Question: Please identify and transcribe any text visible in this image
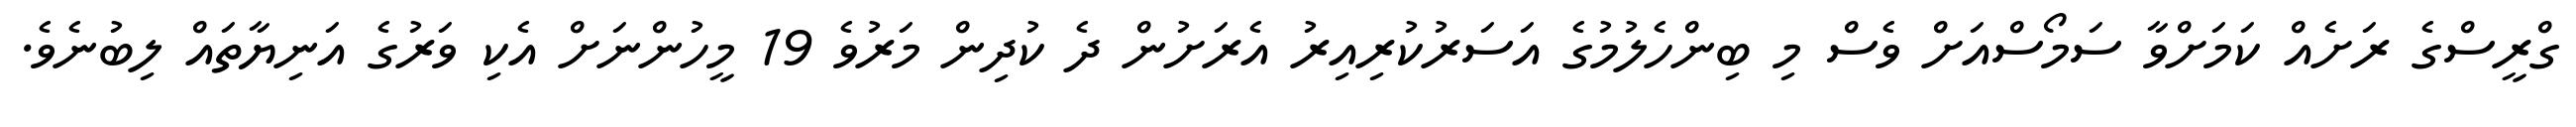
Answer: ގްރީސްގެ ރަށެއް ކަމަށްވާ ސަމޯސްއަށް ވެސް މި ބިންހެލުމުގެ އަސަރުކުރިއިރު އެރަށުން ދެ ކުދިން މަރުވެ 19 މީހުންނަށް އެކި ވަރުގެ އަނިޔާތައް ލިބުނެވެ.